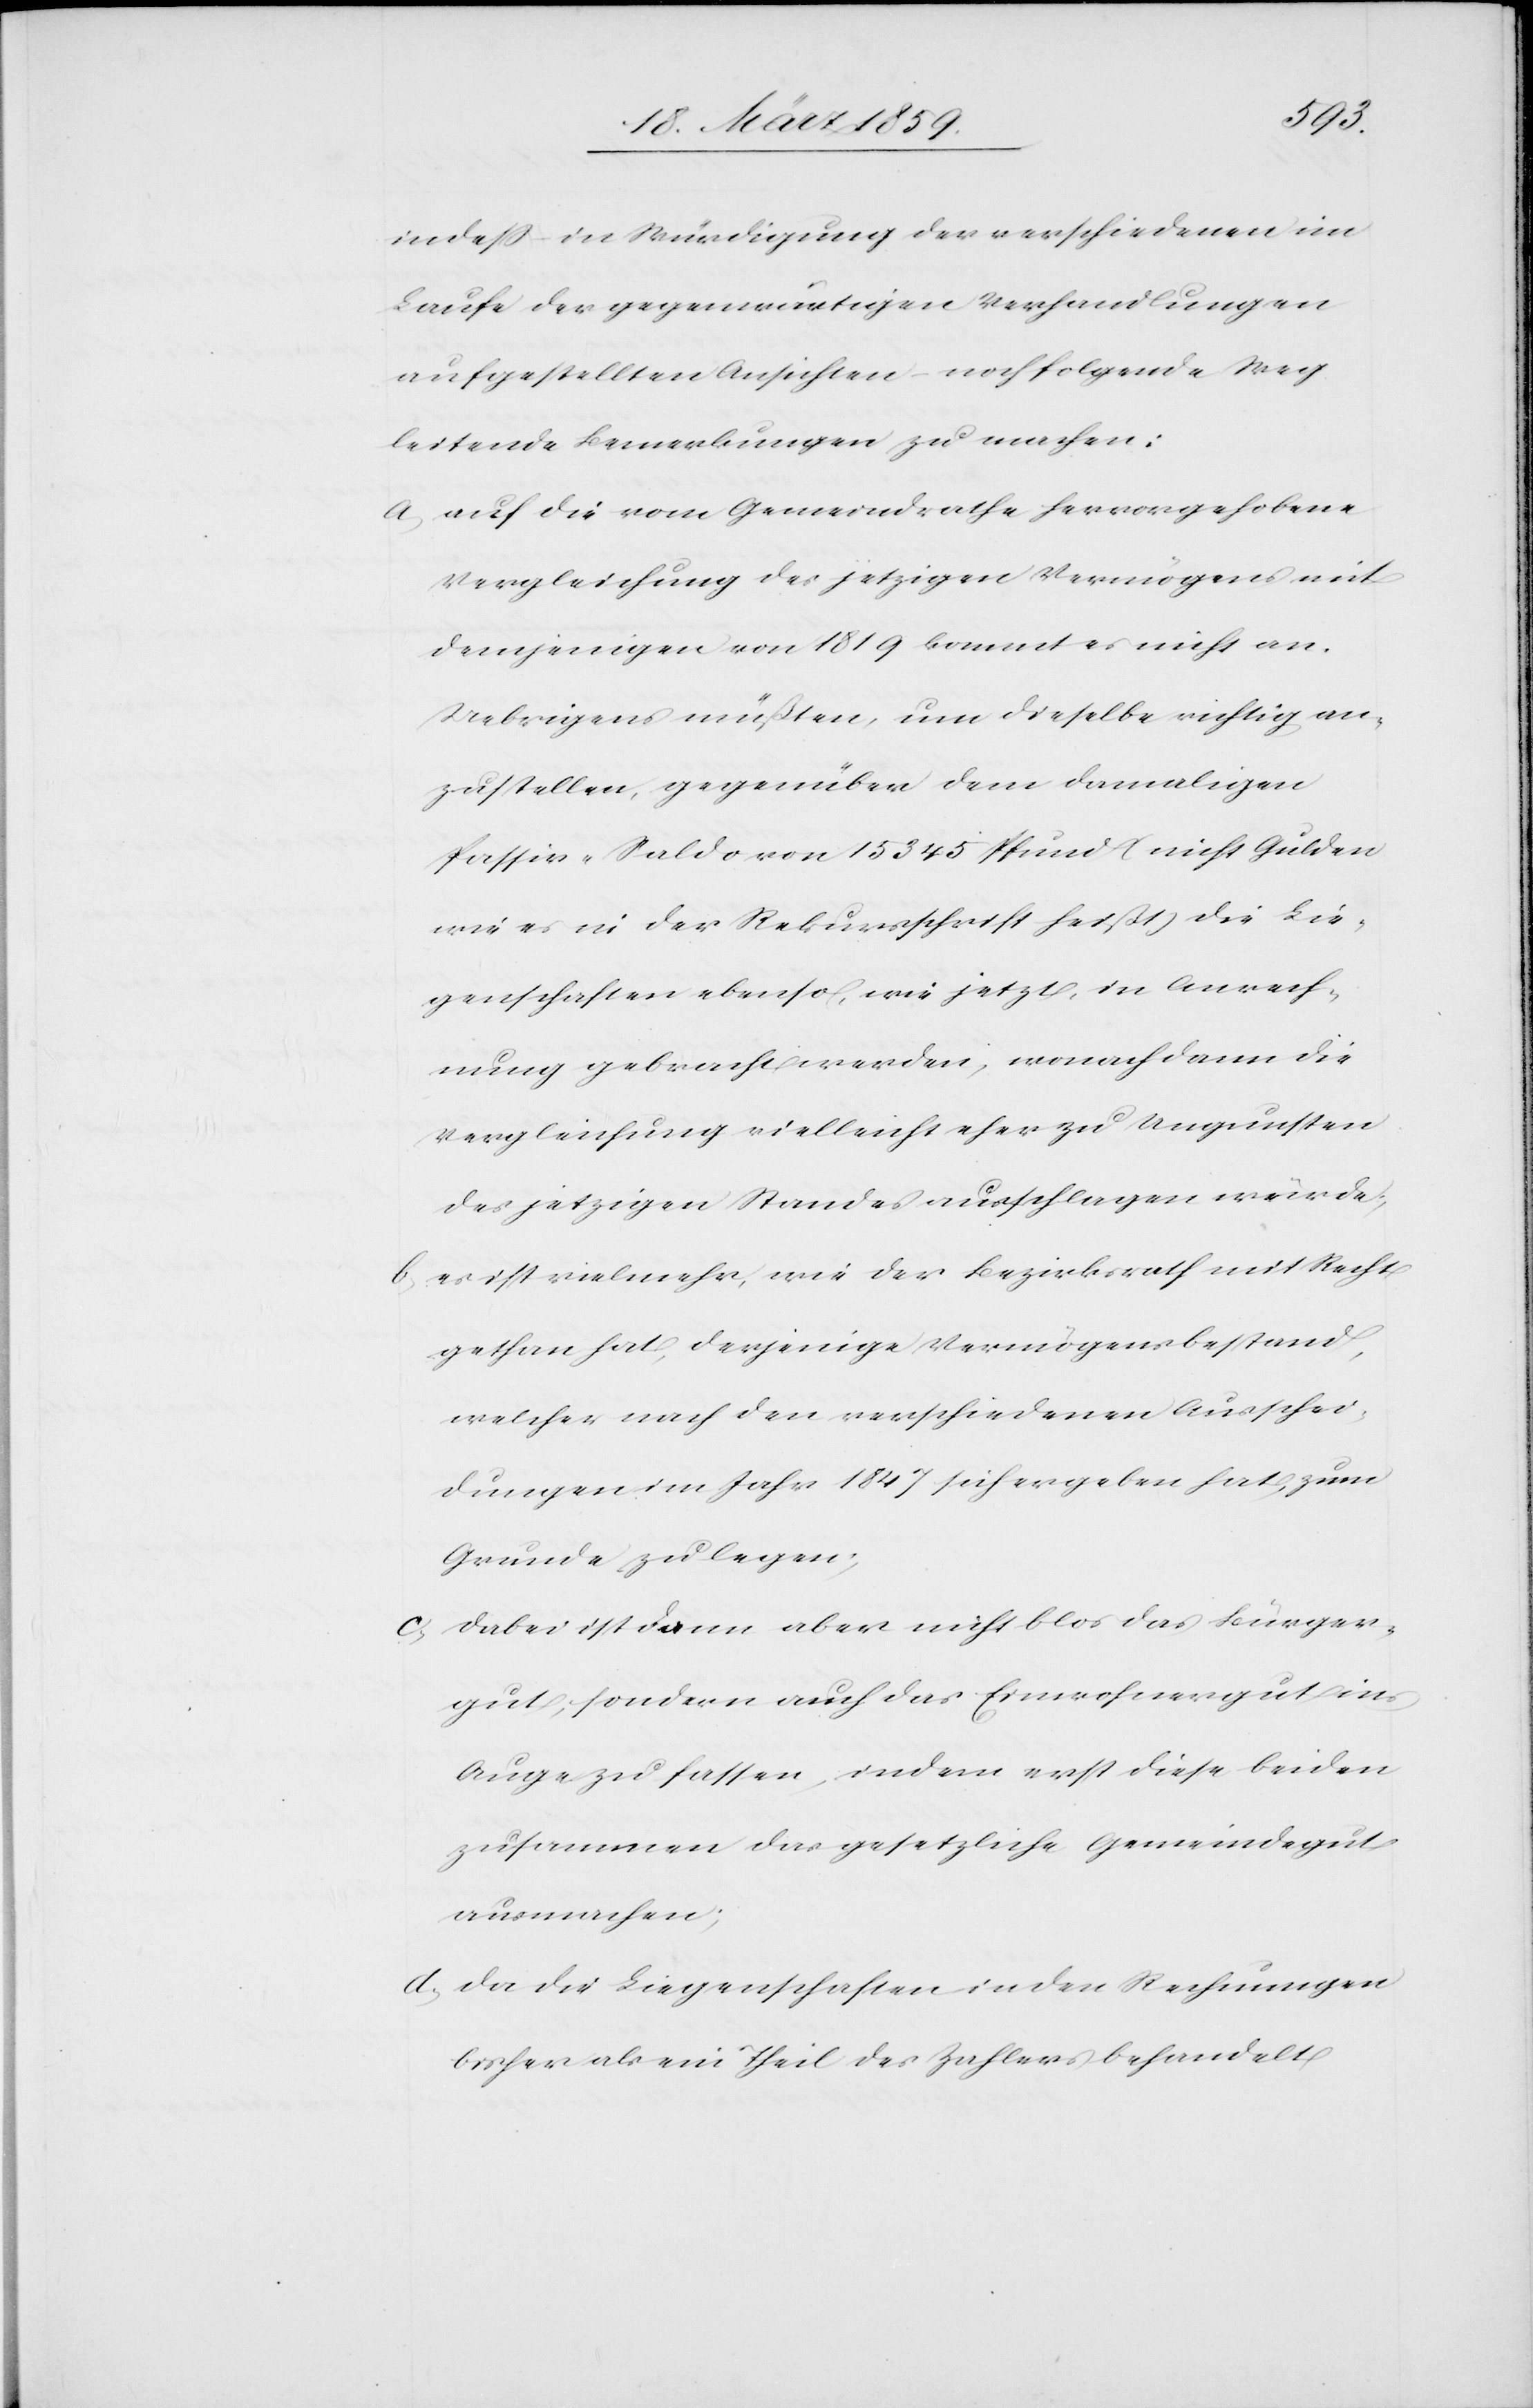
indeß in Würdigung der verschiedenen im
Laufe der gegenwärtigen Verhandlungen
aufgestellten Ansichten noch folgende Weg
leitende Bemerkungen zu machen:
a) auf die vom Gemeindrathe hervorgehobene
Vergleichung des jetzigen Vermögens mit
demjenigen von 1819 kommt es nicht an.
Uebrigens müßten, um dieselbe richtig an¬
zustellen, gegenüber dem damaligen
Passiv-Saldo von 15 345 Pfund (nicht Gulden
wie es in der Rekursschrift heißt) die Lie¬
genschaften ebenso, wie jetzt, in Anrech¬
nung gebraucht werden, wonach dann die
Vergleichung vielleicht eher zu Ungunsten
des jetzigen Standes ausschlagen würde;
b) es ist vielmehr, wie der Bezirksrath mit Recht
gethan hat, derjenige Vermögensbestand,
welcher nach den verschiedenen Ausschei¬
dungen im Jahr 1847 sich ergeben hat, zum
Grunde zu legen;
c) dabei ist dann aber nicht blos das Bürger¬
gut, sondern auch das Einwohnergut ins
Auge zu fassen, indem erst diese beiden
zusammen das gesetzliche Gemeindegut
ausmachen;
d) da die Liegenschaften in den Rechnungen
bisher als ein Theil des Zahlers behandelt